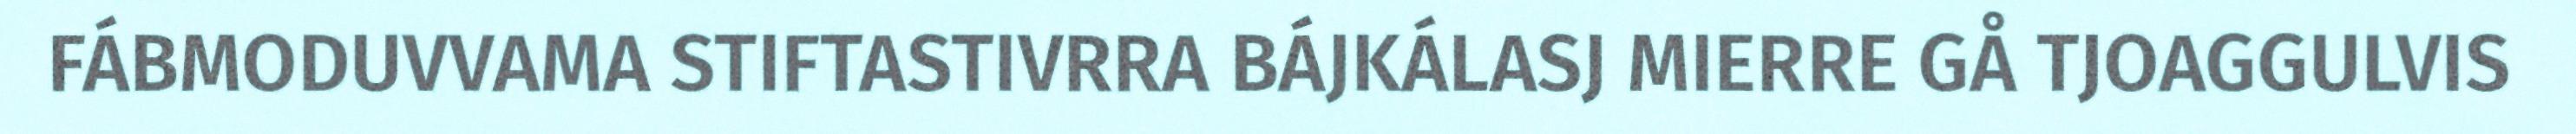
FÁBMODUVVAMA STIFTASTIVRRA BÁJKÁLASJ MIERRE GÅ TJOAGGULVIS